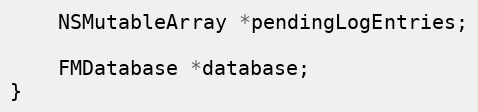
Language: C
    NSMutableArray *pendingLogEntries;

    FMDatabase *database;
}